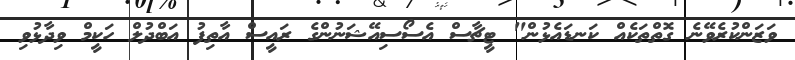
ވަޒަންކުރެވޭނެ ގޮތްތަކެއް ކަނޑައެޅުން" ޓީޗާސް އެސޯސިއޭޝަނުންގެ ރައީސް އާތިފު އަބްދުލް ހަކީމް ވިދާޅުވި